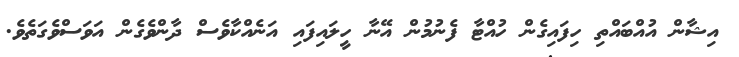
އިޝާން އުއްބައްތި ހިފައިގެން ހުއްޓާ ފެނުމުން އޭނާ ހީލައިފައި އަނެއްކާވެސް ދާންވެގެން އަވަސްވެގަތެވެ.